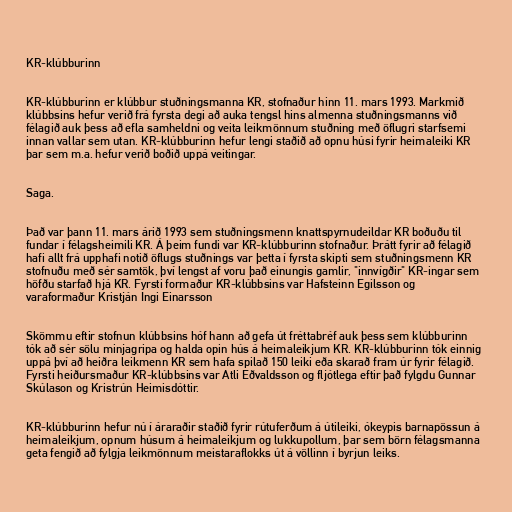
KR-klúbburinn

KR-klúbburinn er klúbbur stuðningsmanna KR, stofnaður hinn 11. mars 1993. Markmið
klúbbsins hefur verið frá fyrsta degi að auka tengsl hins almenna stuðningsmanns við
félagið auk þess að efla samheldni og veita leikmönnum stuðning með öflugri starfsemi
innan vallar sem utan. KR-klúbburinn hefur lengi staðið að opnu húsi fyrir heimaleiki KR
þar sem m.a. hefur verið boðið uppá veitingar.

Saga.

Það var þann 11. mars árið 1993 sem stuðningsmenn knattspyrnudeildar KR boðuðu til
fundar í félagsheimili KR. Á þeim fundi var KR-klúbburinn stofnaður. Þrátt fyrir að félagið
hafi allt frá upphafi notið öflugs stuðnings var þetta í fyrsta skipti sem stuðningsmenn KR
stofnuðu með sér samtök, því lengst af voru það einungis gamlir, "innvígðir" KR-ingar sem
höfðu starfað hjá KR. Fyrsti formaður KR-klúbbsins var Hafsteinn Egilsson og
varaformaður Kristján Ingi Einarsson

Skömmu eftir stofnun klúbbsins hóf hann að gefa út fréttabréf auk þess sem klúbburinn
tók að sér sölu minjagripa og halda opin hús á heimaleikjum KR. KR-klúbburinn tók einnig
uppá því að heiðra leikmenn KR sem hafa spilað 150 leiki eða skarað fram úr fyrir félagið.
Fyrsti heiðursmaður KR-klúbbsins var Atli Eðvaldsson og fljótlega eftir það fylgdu Gunnar
Skúlason og Kristrún Heimisdóttir.

KR-klúbburinn hefur nú í áraraðir staðið fyrir rútuferðum á útileiki, ókeypis barnapössun á
heimaleikjum, opnum húsum á heimaleikjum og lukkupollum, þar sem börn félagsmanna
geta fengið að fylgja leikmönnum meistaraflokks út á völlinn í byrjun leiks.